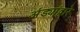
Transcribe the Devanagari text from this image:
अंड्यांद्वारे